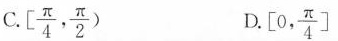
C. $$\left [ \frac { π } { 4 } , \frac { π } { 2 } \right )$$ D.$$\left [ 0 , \frac { π } { 4 } \right ]$$